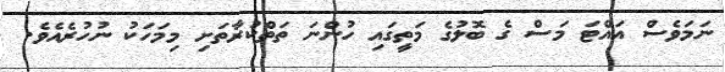
ނަމަވެސް އައްޓަ މަސް ގެ ބޮލުގެ މަތީގައި ހުންނަ ތަތްކުރާތަށި މިމަހަކު ނުހުރެއެެވެ.